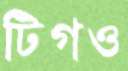
টিগও